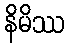
နိမိဿ